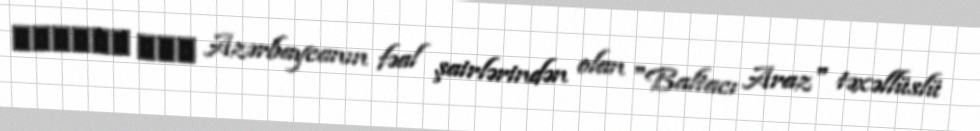
انقلاب است Azərbaycanın fəal şairlərindən olan "Baltacı Araz" təxəllüslü